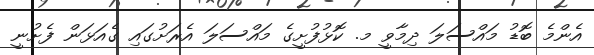
އެންމެ ބޮޑު މައްސަލަ ދިމާވީ މ. ކޮޅުފުށީގެ މައްސަލަ އެރަށުގައި ގެއަޅަން ފެށުނީ